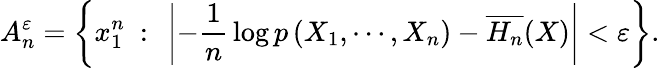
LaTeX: A_{n}^{\varepsilon}=\left\{ x_{1}^{n}\ :\ \left|-{\frac{1}{n}}\log p\left(X_{1},\cdots,X_{n}\right)-{\overline{{H_{n}}}}(X)\right|<\varepsilon\right\} .